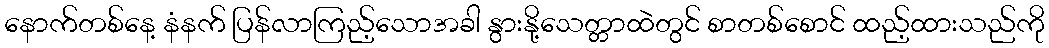
နောက်တစ်နေ့ နံနက် ပြန်လာကြည့်သောအခါ နွားနို့သေတ္တာထဲတွင် စာတစ်စောင် ထည့်ထားသည်ကို